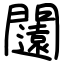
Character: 闧